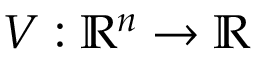
V : { \mathbb { R } } ^ { n } \rightarrow { \mathbb { R } }